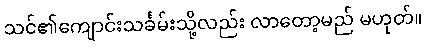
သင်၏ကျောင်းသင်္ခမ်းသို့လည်း လာတော့မည် မဟုတ်။